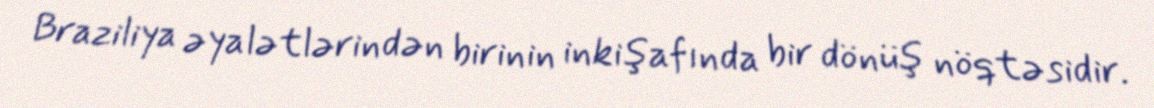
Braziliya əyalətlərindən birinin inkişafında bir dönüş nöqtəsidir.